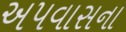
અપવાસના